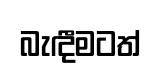
බැඳීමටත්